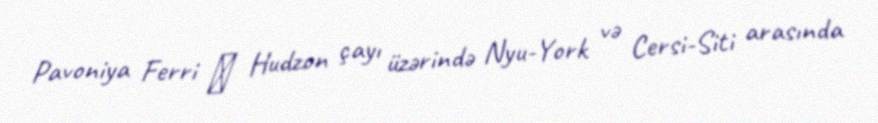
Pavoniya Ferri ― Hudzon çayı üzərində Nyu-York və Cersi-Siti arasında